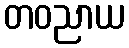
တဝညာယ